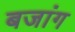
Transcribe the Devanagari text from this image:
बजांग